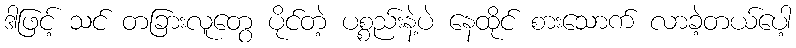
ဒါဖြင့် သင် တခြားလူတွေ ပိုင်တဲ့ ပစ္စည်းနဲ့ပဲ နေထိုင် စားသောက် လာခဲ့တယ်ပေါ့